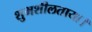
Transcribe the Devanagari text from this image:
शुभशीलताया।